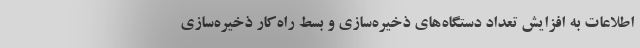
اطلاعات به افزایش تعداد دستگاه‌های ذخیره‌سازی و بسط راه‌کار ذخیره‌سازی